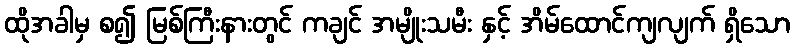
ထိုအခါမှ စ၍ မြစ်ကြီးနားတွင် ကချင် အမျိုးသမီး နှင့် အိမ်ထောင်ကျလျက် ရှိသော